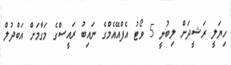
ހިޔަލީ ރަޝީދަށް ލިބުނީ 5 ވޯޓު އެފްއޭއެމްގެ ނައިބު ރައީސްގެ މަގާމަށް އަބްދުލް